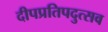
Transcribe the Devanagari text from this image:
दीपप्रतिपदुत्सव